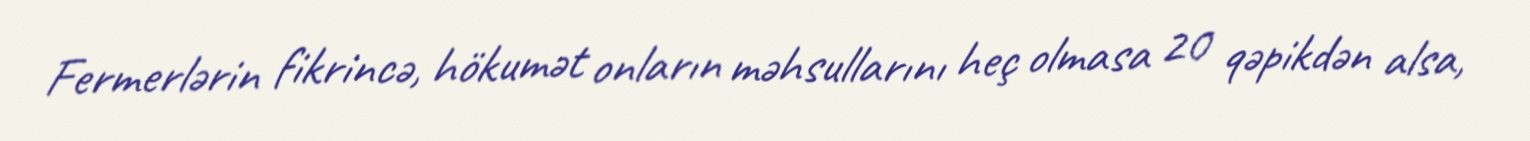
Fermerlərin fikrincə, hökumət onların məhsullarını heç olmasa 20 qəpikdən alsa,